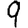
Digit: 9